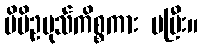
မိမိဥပုသ်ကိစ္စကား မပြီး။